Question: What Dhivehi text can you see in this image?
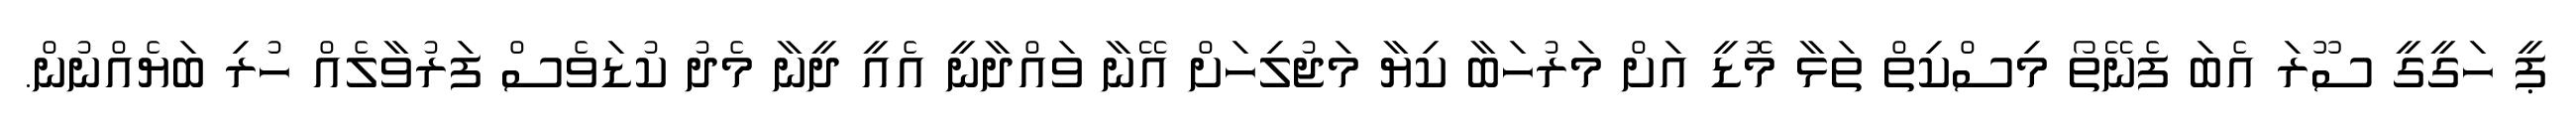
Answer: ޕީ ހަގީގީ ސޫރަ އެބަ ފެނޭތޯ މިސްކިތް ތަޅާ މޮޑީ އަށް މަރުހަބާ ކިޔާ މަޖުލިހަށް އޭނާ ވައްދާނީ އެއީ ދީނާ މެދު ކުޑަވެސް ފަރުވާލެއް ހުރި ބަޔެއްނުން.